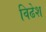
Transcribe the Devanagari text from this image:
विढेश